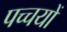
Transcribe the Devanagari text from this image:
पच्चयों